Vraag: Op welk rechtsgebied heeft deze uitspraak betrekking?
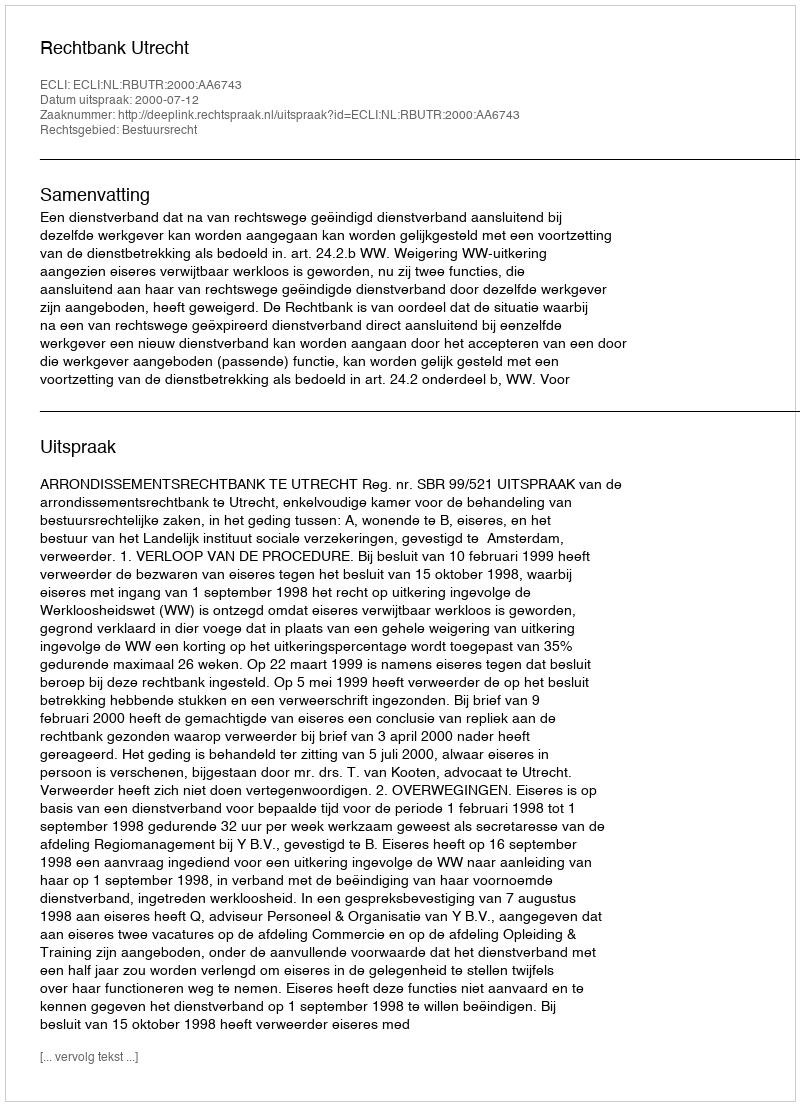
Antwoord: Bestuursrecht